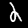
Digit: 2